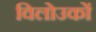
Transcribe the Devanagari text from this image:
विलोउकों